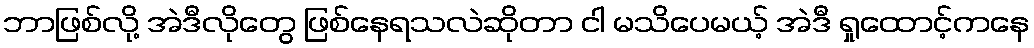
ဘာဖြစ်လို့ အဲဒီလိုတွေ ဖြစ်နေရသလဲဆိုတာ ငါ မသိပေမယ့် အဲဒီ ရှုထောင့်ကနေ